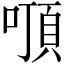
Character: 𠽒